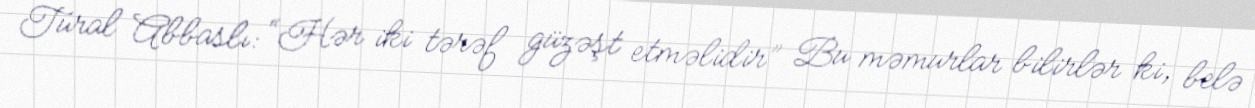
Tural Abbaslı: “Hər iki tərəf güzəşt etməlidir” Bu məmurlar bilirlər ki, belə